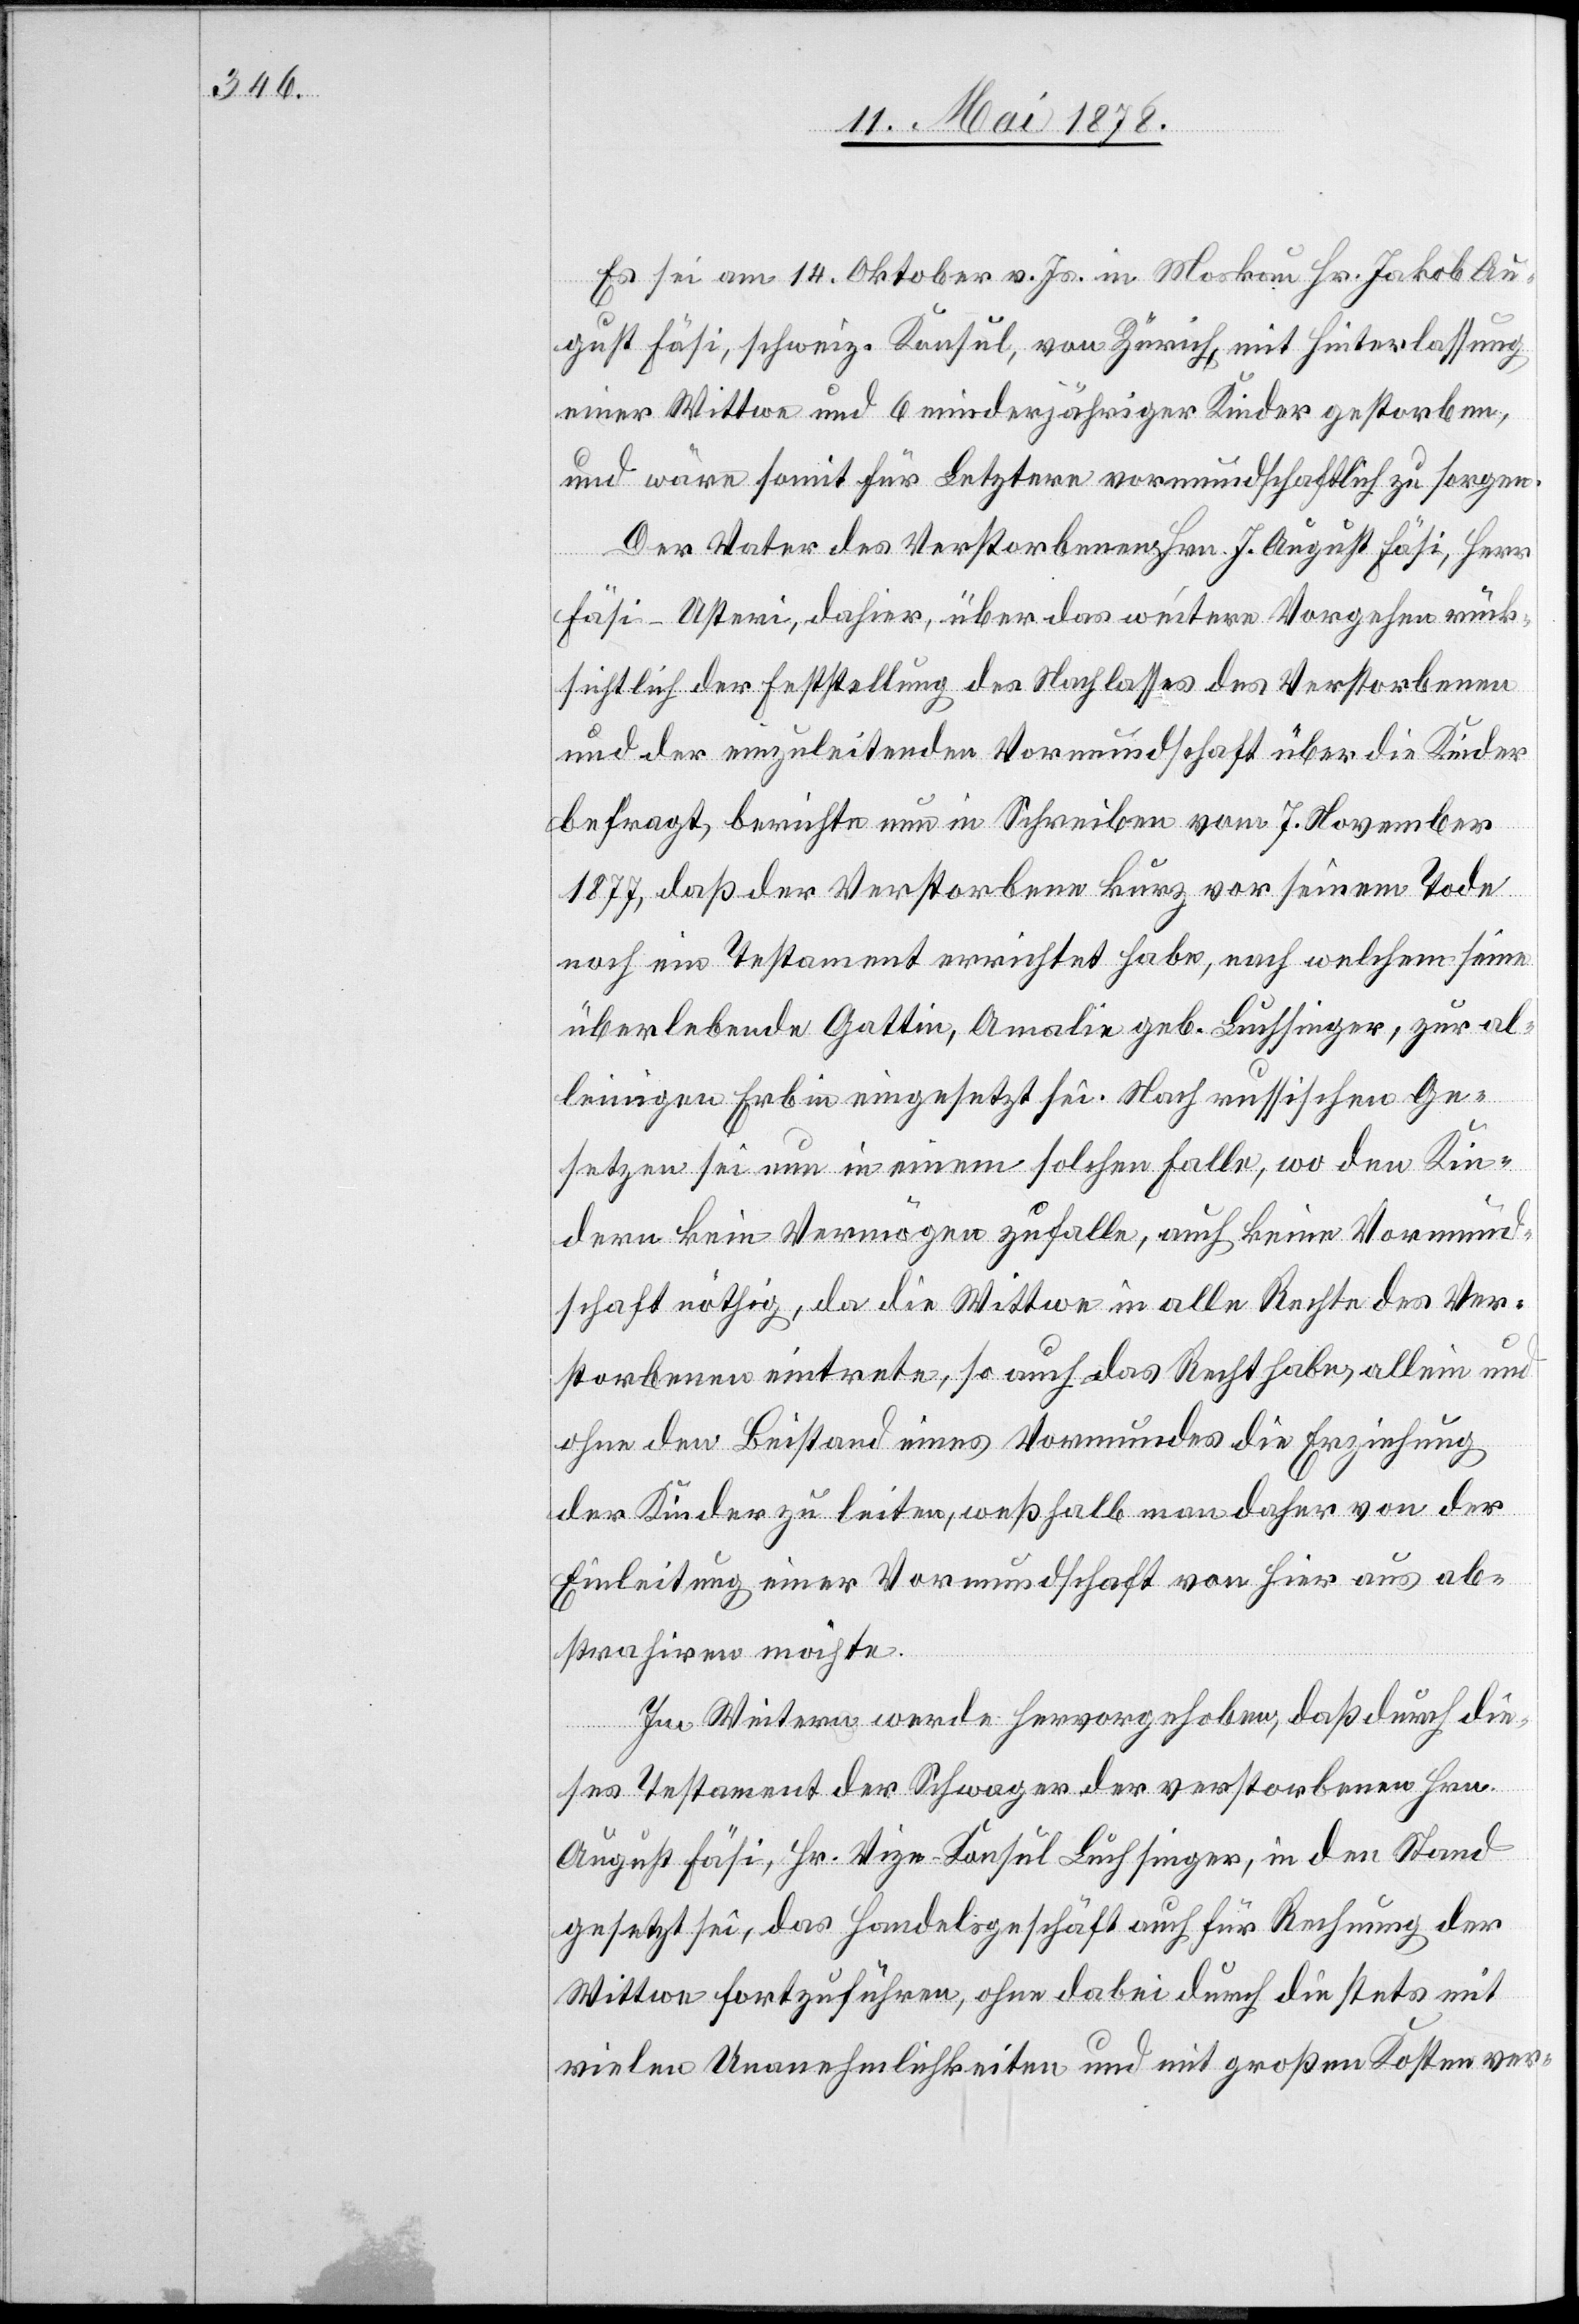
Es sei am 14. Oktover v. Js. in Moskau Hr. Jakob Au¬
gust Fäsi, schweiz. Konsul, von Zürich, mit Hinterlassung
einer Wittwe und 6 minderjähriger Kinder gestorben,
und wäre somit für Letztere vormundschaftlich zu sorgen.
Der Vater des Verstorbenen Hrn. J. August Fäsi, Herr
Fäsi-Usteri, dahier, über das weitere Vorgehen rück¬
sichtlich der Feststellung des Nachlasses des Verstorbenen
und der einzuleitenden Vormundschaft über die Kinder
befragt, berichtet nun in Schreiben vom 7. November
1877, daß der Verstorbene Kunz vor seinem Tode
noch ein Testament errichtet habe, nach welchem seine
überlebende Gattin, Amalie geb. Luchsinger, zur al¬
leinigen Erbin eingesetzt sei. Nach russischen Ge¬
setzen sei nun in einem solchen Falle, wo den Kin¬
dern kein Vermögen zufalle, auch keine Vormund¬
schaft nöthig, da die Wittwe in alle Rechte des Ver¬
storbenen eintrete, so auch das Recht habe, allein und
ohne den Beistand eines Vormundes die Erziehung
der Kinder zu leiten, weßhalb man daher von der
Einleitung einer Vormundschaft von hier aus ab¬
strahiren möchte.
Im Weitern werde hervorgehoben, daß durch die¬
ses Testament der Schwager des verstorbenen Hrn.
August Fäsi, Hr. Vize-Konsul Luchsingen, in den Stand
gesetzt sei, das Handelsgeschäft auch für Rechnung der
Wittwe fortzuführen, ohne dabei durch die stets mit
vielen Unannehmlichkeiten und mit großen Kosten ver-